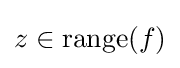
z\in \mathrm {range} (f)